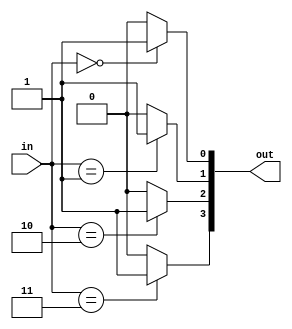
module Decoder_2to4 (
  input [1:0] in,
  output [3:0] out
);

  assign out[0] = (in == 2'b00) ? 1'b1 : 1'b0;
  assign out[1] = (in == 2'b01) ? 1'b1 : 1'b0;
  assign out[2] = (in == 2'b10) ? 1'b1 : 1'b0;
  assign out[3] = (in == 2'b11) ? 1'b1 : 1'b0;

endmodule